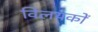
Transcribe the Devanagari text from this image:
विलयकों